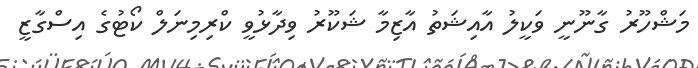
މަޝްހޫރު ގާނޫނީ ވަކީލު އާއިޝަތު އާޒިމާ ޝަކޫރު ވިދާޅުވީ ކްރިމިނަލް ކޯޓުގެ އިސްގާޒީ